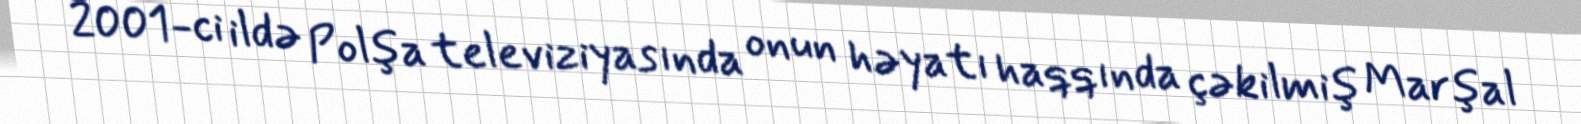
2001-ci ildə Polşa televiziyasında onun həyatı haqqında çəkilmiş Marşal